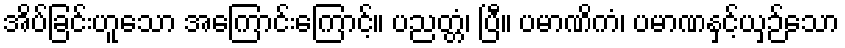
အိပ်ခြင်းဟူသော အကြောင်းကြောင့်။ ပညတ္တံ၊ ပြီ။ ပမာဏိကံ၊ ပမာဏနှင့်ယှဉ်သော